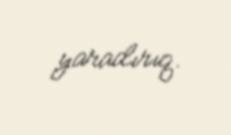
yaradırıq.